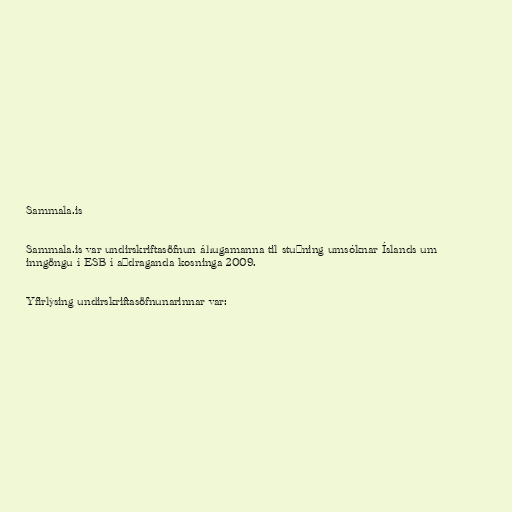
Sammala.is

Sammala.is var undirskriftasöfnun áhugamanna til stuðning umsóknar Íslands um
inngöngu í ESB í aðdraganda kosninga 2009.

Yfirlýsing undirskriftasöfnunarinnar var: